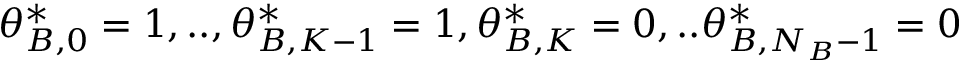
\theta _ { B , 0 } ^ { * } = 1 , . . , \theta _ { B , K - 1 } ^ { * } = 1 , \theta _ { B , K } ^ { * } = 0 , . . \theta _ { B , N _ { B } - 1 } ^ { * } = 0